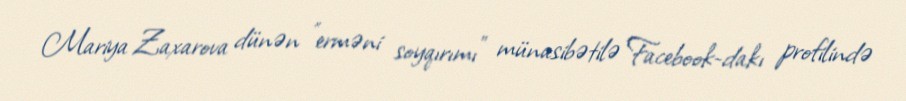
Mariya Zaxarova dünən "erməni soyqırımı" münasibətilə Facebook-dakı profilində